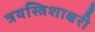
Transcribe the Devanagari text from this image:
त्रयस्त्रिशाक्षरी